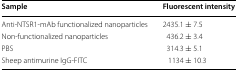
<table><thead><tr><td><b>Sample</b></td><td><b>Fluorescent intensity</b></td></tr></thead><tbody><tr><td>Anti-NTSR1-mAb functionalized nanoparticles</td><td>2435.1 ± 7.5</td></tr><tr><td>Non-functionalized nanoparticles</td><td>436.2 ± 3.4</td></tr><tr><td>PBS</td><td>314.3 ± 5.1</td></tr><tr><td>Sheep antimurine IgG-FITC</td><td>1134 ± 10.3</td></tr></tbody></table>